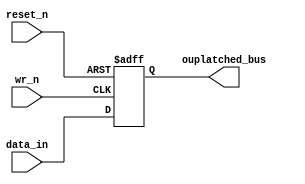
/** @package zGlue

    @file ioport.v
        
    @brief building blocks for I/O port and peripheral registers;
            for eZ80 Family host processor with 24-bit address bus.

<BR>Simplified (2-clause) BSD License

Copyright (c) 2012, Douglas Beattie Jr.
All rights reserved.

Redistribution and use in source and hardware/binary forms, with or without
modification, are permitted provided that the following conditions are met:

1. Redistributions of source code must retain the above copyright notice,
   this list of conditions and the following disclaimer.

2. Redistributions in hardware/binary form must reproduce the above
   copyright notice, this list of conditions and the following disclaimer in
   the documentation and/or other materials provided with the distribution.

THIS RTL SOURCE IS PROVIDED BY DOUGLAS BEATTIE JR. "AS IS" AND ANY
EXPRESS OR IMPLIED WARRANTIES, INCLUDING, BUT NOT LIMITED TO, THE IMPLIED
WARRANTIES OF MERCHANTABILITY AND FITNESS FOR A PARTICULAR PURPOSE ARE
DISCLAIMED. IN NO EVENT SHALL DOUGLAS BEATTIE JR. BE LIABLE FOR ANY
DIRECT, INDIRECT, INCIDENTAL, SPECIAL, EXEMPLARY, OR CONSEQUENTIAL DAMAGES
(INCLUDING, BUT NOT LIMITED TO, PROCUREMENT OF SUBSTITUTE GOODS OR SERVICES;
LOSS OF USE, DATA, OR PROFITS; OR BUSINESS INTERRUPTION) HOWEVER CAUSED AND
ON ANY THEORY OF LIABILITY, WHETHER IN CONTRACT, STRICT LIABILITY, OR TORT
(INCLUDING NEGLIGENCE OR OTHERWISE) ARISING IN ANY WAY OUT OF THE USE OF
THIS RTL SOURCE, EVEN IF ADVISED OF THE POSSIBILITY OF SUCH DAMAGE.
                 
    Author: Douglas Beattie
    Created on: 4/12/2012 8:50:12 PM
	Last change: DBJR 4/28/2012 5:31:56 PM
*/
`timescale 1ns / 100ps

module ioport_a16_d8_wo(reset_n, wr_n, data_in, ouplatched_bus);
input           reset_n, wr_n;
input   [7:0]   data_in;
output reg  [7:0]   ouplatched_bus;
parameter INIT_VAL  = 8'b0 ;

always  @ (posedge wr_n or negedge reset_n)
    if (! reset_n)
        ouplatched_bus <= #1 INIT_VAL;
    else if (wr_n)
        ouplatched_bus <= #1 data_in;

endmodule

module ioport_a16_dx_wo(reset_n, wr_n, data_in, ouplatched_bus);
parameter NUM_BITS  = 8;
parameter INIT_VAL  = 0 ;
input       reset_n, wr_n;
input       [NUM_BITS-1:0]   data_in;
output reg  [NUM_BITS-1:0]   ouplatched_bus;

always  @ (posedge wr_n or negedge reset_n)
    if (! reset_n)
        ouplatched_bus <= #1 INIT_VAL;
    else if (wr_n)
        ouplatched_bus <= #1 data_in;

endmodule